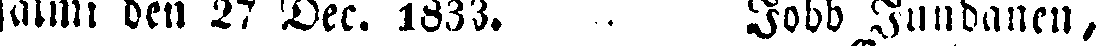
salmi den 27 Dec. 1833. Jobb Jundanen,